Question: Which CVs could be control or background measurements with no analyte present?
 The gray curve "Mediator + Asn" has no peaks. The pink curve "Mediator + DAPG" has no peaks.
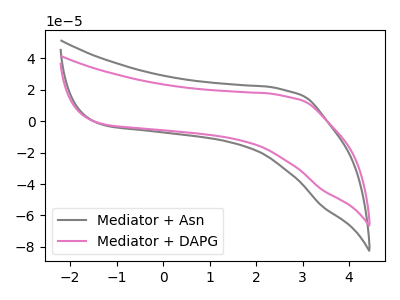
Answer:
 <answer>"Mediator + Asn" and "Mediator + DAPG" are likely to be blanks.</answer>
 <eval>"Mediator + Asn", "Mediator + DAPG"</eval>